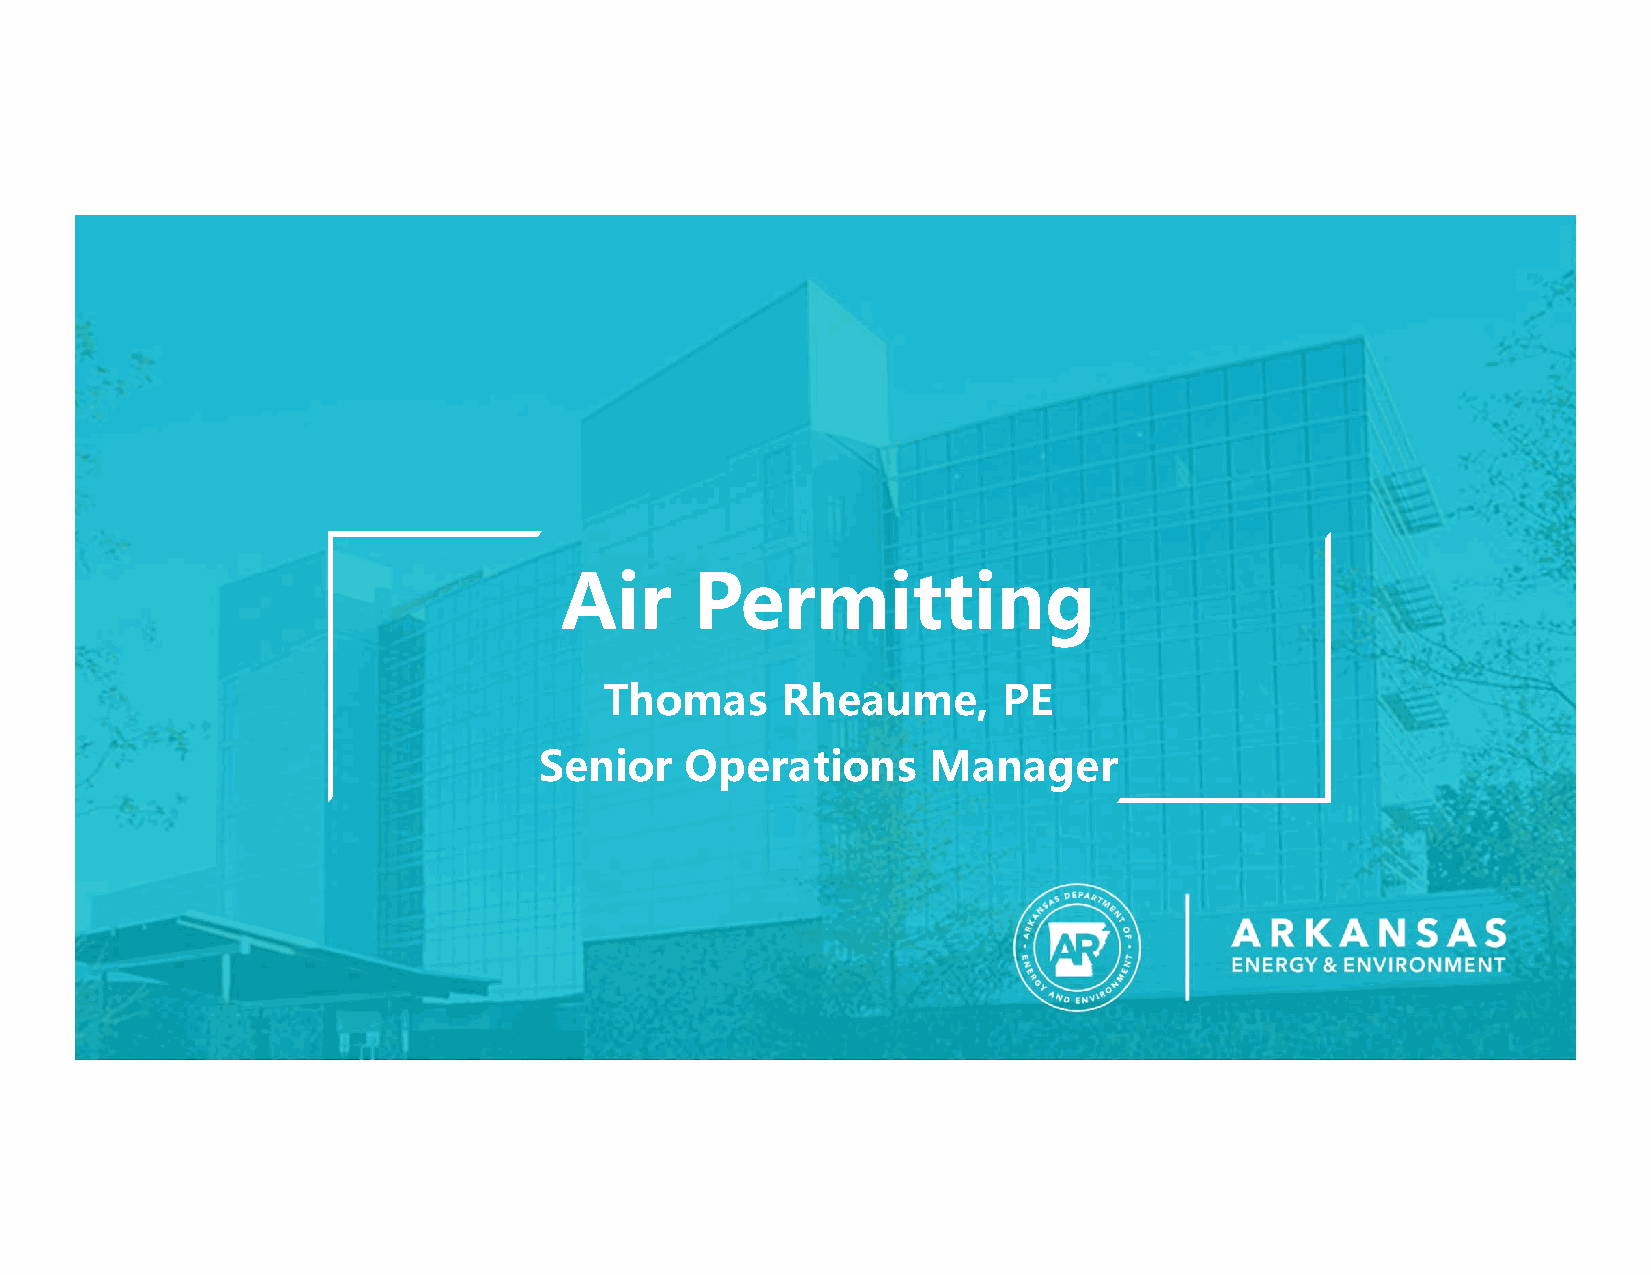
Air      Permitting
 Thomas      Rheaume,      PE
 Senior   Operations       Manager